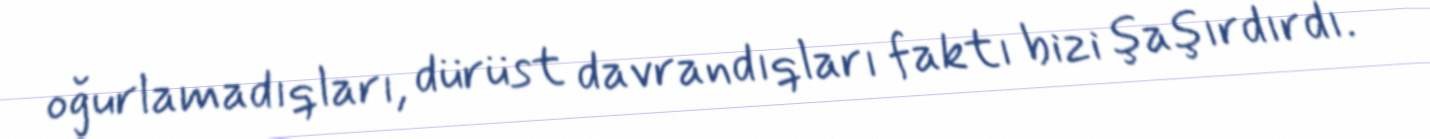
oğurlamadıqları, dürüst davrandıqları faktı bizi şaşırdırdı.